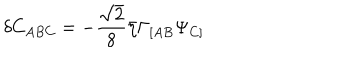
\delta C _ { A B C } = - { \frac { \sqrt 2 } { 8 } } \bar { \eta } \Gamma _ { [ A B } \Psi _ { C ] }